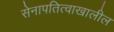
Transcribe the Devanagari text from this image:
सेनापतित्वाखालील